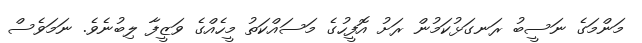
މަންމަގެ ނަސީބު ރަނގަޅުކަމުން ރަށު އޮފީހުގެ މަސައްކަތު މީހެއްގެ ވަޒީފާ ލިބުނެވެ. ނަމަވެސް